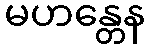
မဟန္တေန